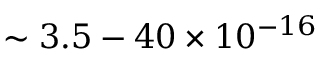
\sim 3 . 5 - 4 0 \times 1 0 ^ { - 1 6 }